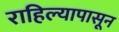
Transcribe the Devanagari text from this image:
राहिल्यापासून